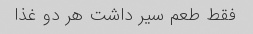
فقط طعم سیر داشت هر دو غذا